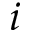
i